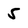
Character: 5